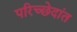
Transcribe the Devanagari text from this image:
परिच्छेदांत